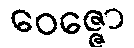
ဝေဇ္ဇော